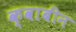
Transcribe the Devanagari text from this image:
क्वाबीन